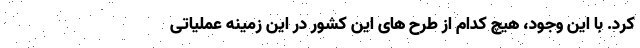
کرد. با این وجود، هیچ کدام از طرح های این کشور در این زمینه عملیاتی